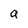
Character: a